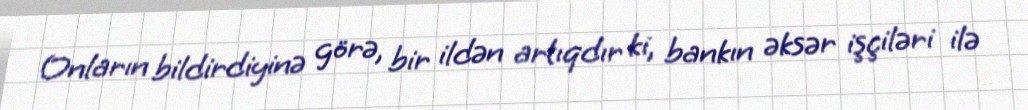
Onların bildirdiyinə görə, bir ildən artıqdır ki, bankın əksər işçiləri ilə